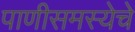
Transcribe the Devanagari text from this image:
पाणीसमस्येचे